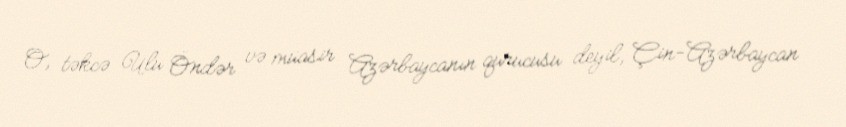
O, təkcə Ulu Öndər və müasir Azərbaycanın qurucusu deyil, Çin-Azərbaycan